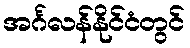
အင်္ဂလန်နိုင်ငံတွင်